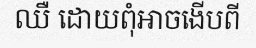
ឈឺ ដោយពុំអាចងើបពី